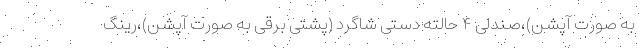
به صورت آپشن)،صندلی ۴ حالته دستی شاگرد (پشتی برقی به صورت آپشن)،رینگ